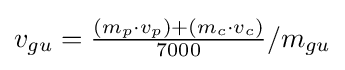
v_{gu}={\tfrac {(m_{p}\cdot v_{p})+(m_{c}\cdot v_{c})}{7000}}/m_{gu}